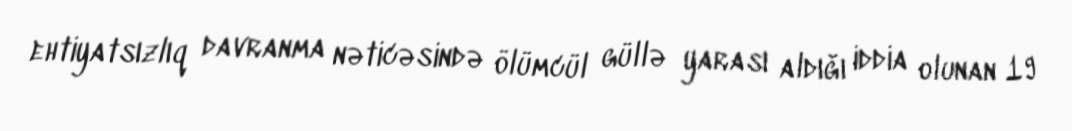
ehtiyatsızlıq davranma nəticəsində ölümcül güllə yarası aldığı iddia olunan 19